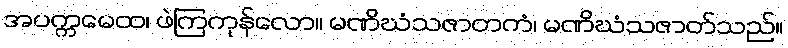
အပက္ကမေထ၊ ဖဲကြကုန်လော။ မဏိဃံသဇာတကံ၊ မဏိဃံသဇာတ်သည်။